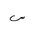
Letter: _sin